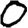
Digit: 0